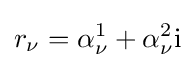
r_{\nu }=\alpha _{\nu }^{1}+\alpha _{\nu }^{2}\mathrm {i}